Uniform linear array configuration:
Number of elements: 12
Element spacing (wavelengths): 0.5
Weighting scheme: hamming
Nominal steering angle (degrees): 15
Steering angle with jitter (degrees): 16.143
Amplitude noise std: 0.05
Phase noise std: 0.05

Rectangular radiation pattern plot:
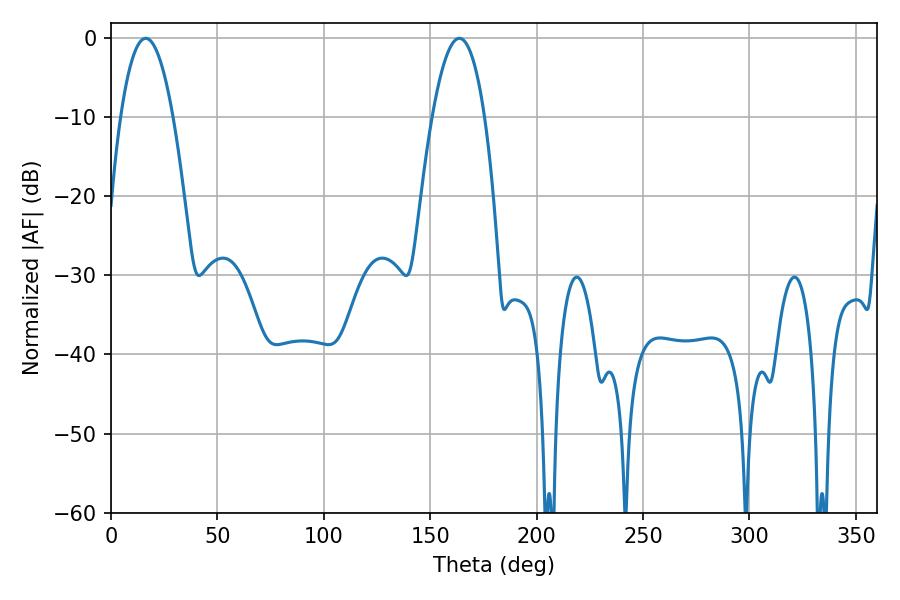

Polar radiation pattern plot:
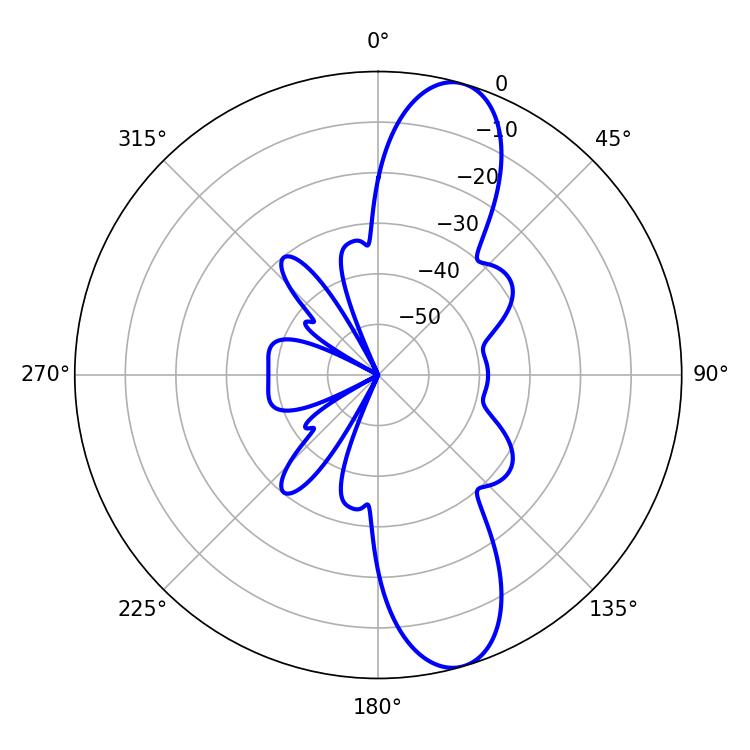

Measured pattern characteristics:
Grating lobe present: FALSE
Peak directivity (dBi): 11.389
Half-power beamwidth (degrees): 13.5
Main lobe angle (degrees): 16.38